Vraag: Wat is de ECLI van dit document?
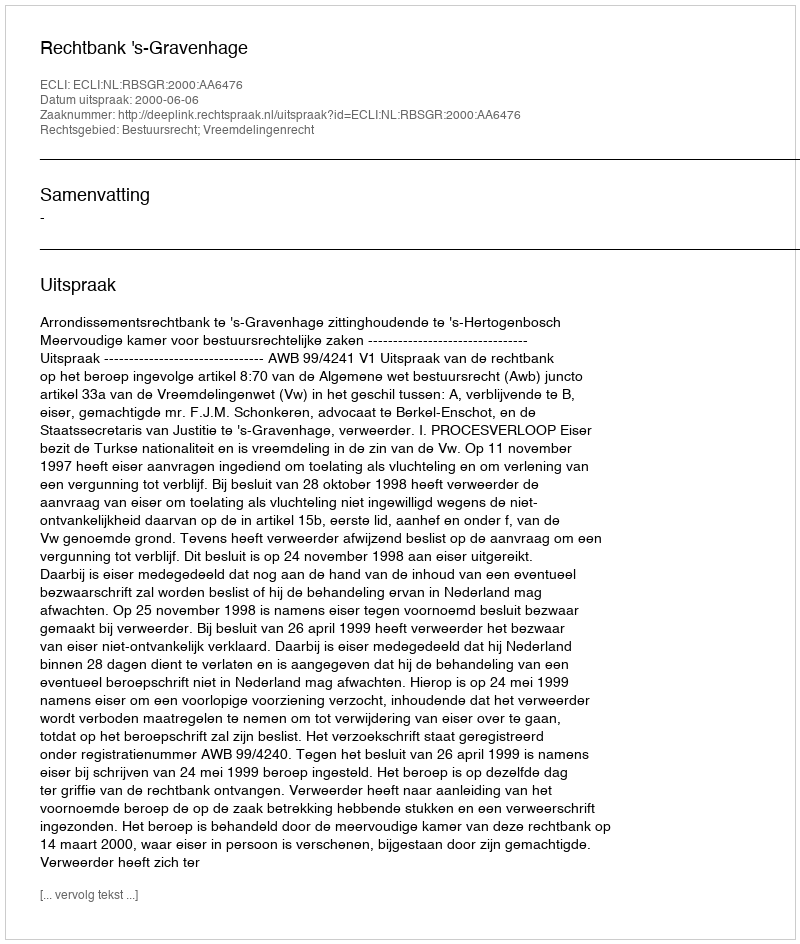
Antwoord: ECLI:NL:RBSGR:2000:AA6476